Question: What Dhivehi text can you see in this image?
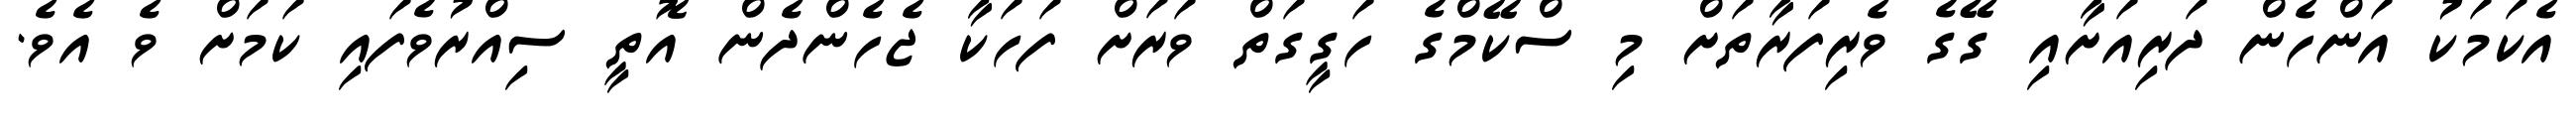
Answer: އެކަމަކު އަންހެން ދަރިއަށާއި ގޭގެ ވެރިފަރާތަށް މި ސްކޭމްގެ ހަގީގަތް ވަރަށް ފަހަކާ ޖެހެންދެން އޮތީ ސިއްރުވެފައި ކަމަށް ވެ އެވެ.